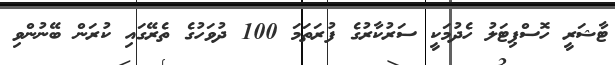
ޓާޝަރީ ހޮސްޕިޓަލު ހެދުމަކީ ސަރުކާރުގެ ފުރަތަމަ 100 ދުވަހުގެ ތެރޭގައި ކުރަން ބޭނުންވި